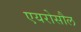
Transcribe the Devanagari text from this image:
एयरोसौल